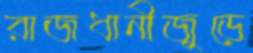
রাজধানীজুড়ে